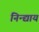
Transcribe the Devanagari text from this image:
निन्द्याय